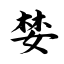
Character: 婪